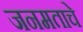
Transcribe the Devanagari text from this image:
जनमताचे